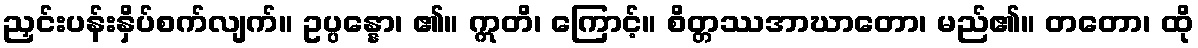
ညှင်းပန်းနှိပ်စက်လျက်။ ဥပ္ပန္နော၊ ၏။ ဣတိ၊ ကြောင့်။ စိတ္တဿအာဃာတော၊ မည်၏။ တတော၊ ထို